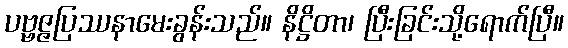
ပဗ္ဗဇ္ဇပြဿနာမေးခွန်းသည်။ နိဋ္ဌိတာ၊ ပြီးခြင်းသို့ရောက်ပြီ။